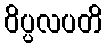
ဝိပ္ပလပတိ